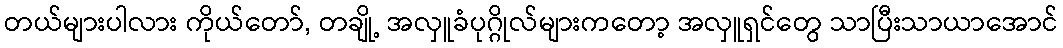
တယ်များပါလား ကိုယ်တော်, တချို့ အလှူခံပုဂ္ဂိုလ်များကတော့ အလှူရှင်တွေ သာပြီးသာယာအောင်